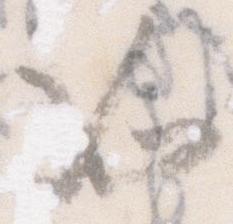
如